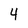
Character: 4